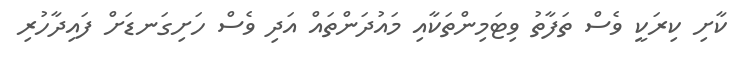
ކާށި ކިރަކީ ވެސް ތަފާތު ވިޓަމިންތަކާއި މައުދަންތައް އަދި ވެސް ހަށިގަނޑަށް ފައިދާހުރި